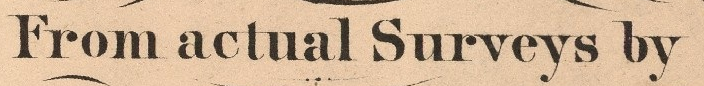
From actual Surveys by